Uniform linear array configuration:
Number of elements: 48
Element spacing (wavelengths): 0.75
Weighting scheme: binomial
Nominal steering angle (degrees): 0
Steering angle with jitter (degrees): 1.669
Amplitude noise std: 0.05
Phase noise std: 0.05

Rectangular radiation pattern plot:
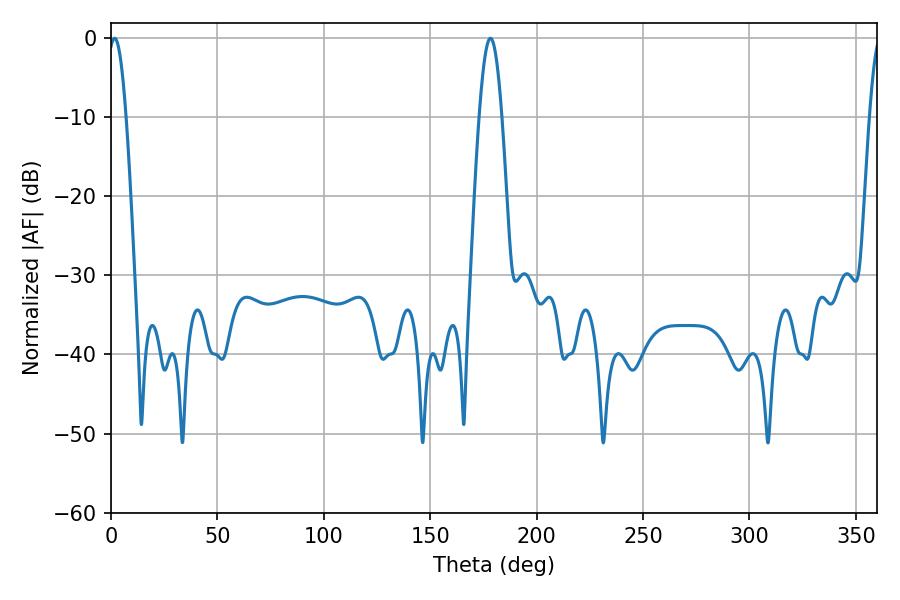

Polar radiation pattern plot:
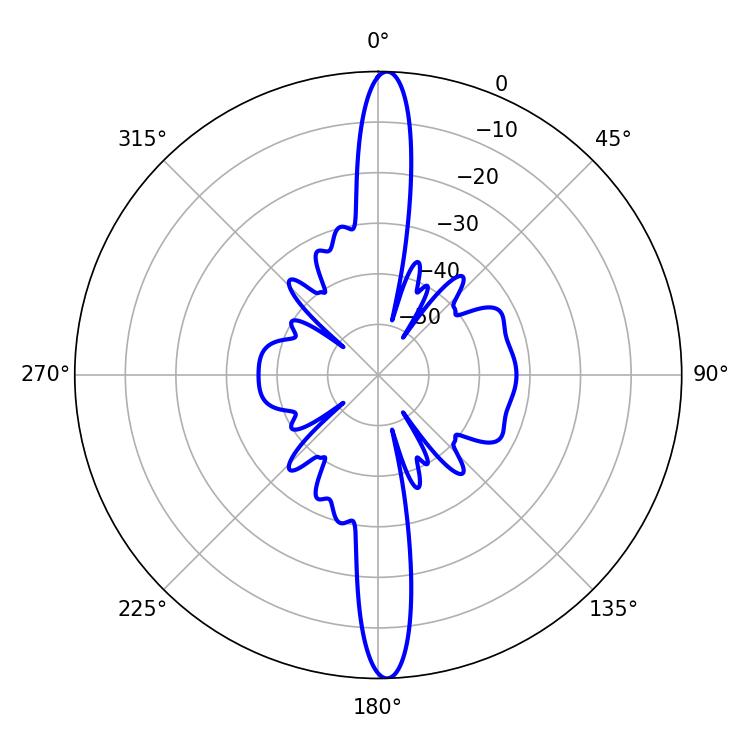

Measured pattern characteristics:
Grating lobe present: TRUE
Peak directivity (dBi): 24.728
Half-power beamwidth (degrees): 4.5
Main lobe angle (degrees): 1.62